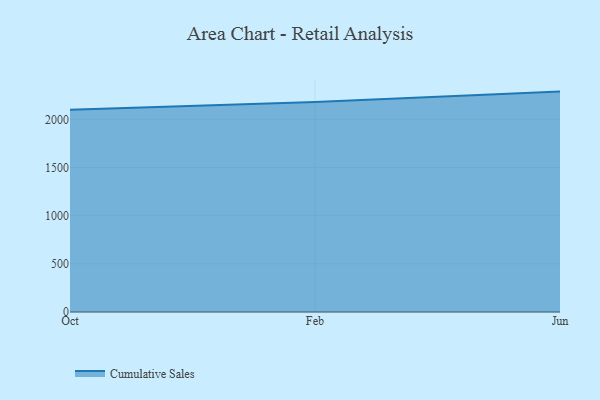
{"axis": {"x": "Month", "y": "Backlog"}, "legend": ["Cumulative Sales"], "data": [{"x": "Oct", "y": 2098.6, "type": "Cumulative Sales"}, {"x": "Feb", "y": 2179.7, "type": "Cumulative Sales"}, {"x": "Jun", "y": 2287.8, "type": "Cumulative Sales"}]}